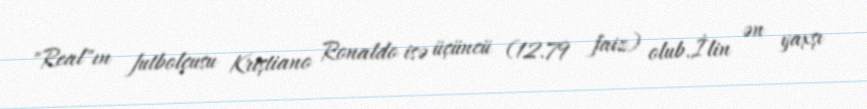
"Real"ın futbolçusu Kriştiano Ronaldo isə üçüncü (12.79 faiz) olub.İlin ən yaxşı